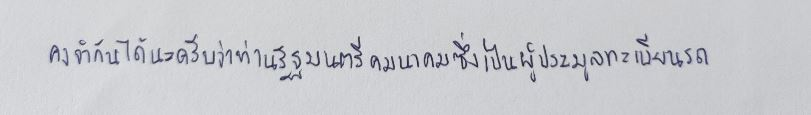
คงจำกันได้นะครับว่าท่านรัฐมนตรีคมนาคมซึ่งเป็นผู้ประมูลทะเบียนรถ